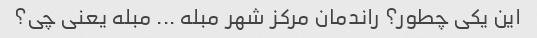
این یکی چطور؟ راندمان مرکز شهر مبله ... مبله یعنی چی؟